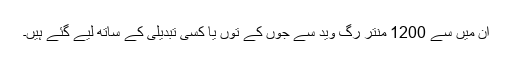
ان میں سے 1200 منتر رگ وید سے جوں کے توں یا کسی تبدیلی کے ساتھ لیے گئے ہیں۔